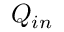
Q _ { i n }